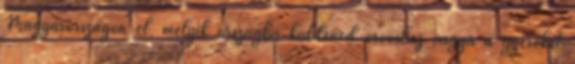
Magyarorszagon el, melyik orszagba kuldened orvoshoz vagya a gyereket